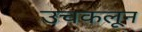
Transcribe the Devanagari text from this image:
उचकलून